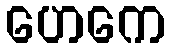
ဟေကေ